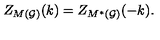
Z _ { M ( { \cal G ) } } ( k ) = Z _ { M ^ { * } ( { \cal G ) } } ( - k ) .